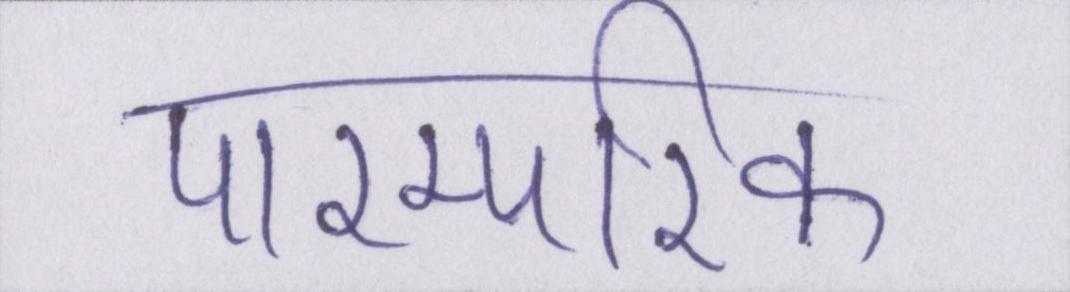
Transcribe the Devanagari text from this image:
पारम्परिक